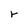
Character: r